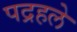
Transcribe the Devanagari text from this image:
पद्रहले